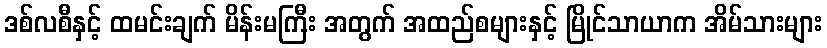
ဒစ်လစီနှင့် ထမင်းချက် မိန်းမကြီး အတွက် အထည်စများနှင့် မြိုင်သာယာက အိမ်သားများ